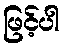
ဖြင့်ပါ